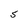
Character: 5